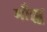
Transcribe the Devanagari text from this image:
माँझू